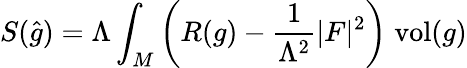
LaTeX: S({\widehat{g}})=\Lambda\int_{M}\left(R(g)-{\frac{1}{\Lambda^{2}}}\vert F\vert^{2}\right)\; {\mathrm{vol}}(g)